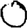
Digit: 0